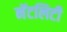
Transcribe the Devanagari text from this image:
नॅटलिटी